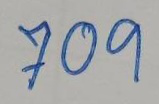
709